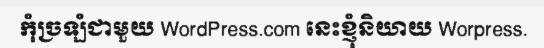
កុំច្រឡំជាមួយ WordPress.com នេះខ្ញុំនិយាយ Worpress.